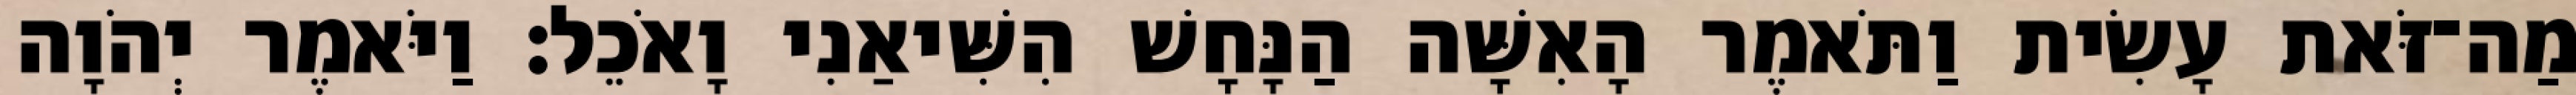
מַה־זֹּאת עָשִׂית וַתֹּאמֶר הָאִשָּׁה הַנָּחָשׁ הִשִּׁיאַנִי וָאֹכֵל׃ וַיֹּאמֶר יְהֹוָה